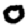
Digit: 0